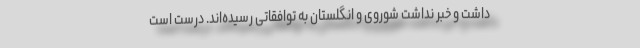
داشت و خبر نداشت شوروی و انگلستان به توافقاتی رسیده‌اند. درست است